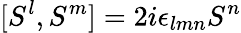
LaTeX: [S^{l},S^{m}]=2i\epsilon_{lmn}S^{n}